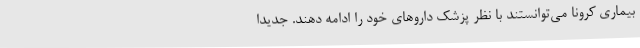
بیماری کرونا می‌توانستند با نظر پزشک داروهای خود را ادامه دهند. جدیدا